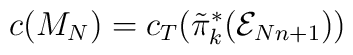
c(M_{N})= c_{T}(\tilde{\pi}_{k}^{*}({\cal E}_{Nn+1}))